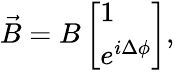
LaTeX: \begin{array}{r}{\vec{B}=B\left[\begin{array}{l}{1}\\ {e^{i\Delta\phi}}\end{array}\right],}\end{array}